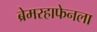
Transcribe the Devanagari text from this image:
ब्रेमरहाफेनला